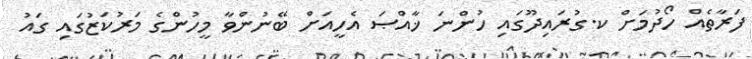
ފަރާތެއް ހޯދުމަށް ކ.ގުރައިދޫގައި ހުންނަ ޚާއްޞަ އެހީއަށް ބޭނުންވާ މީހުންގެ މަރުކަޒުގައި ގައު